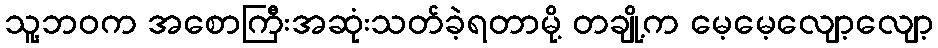
သူ့ဘဝက အစောကြီးအဆုံးသတ်ခဲ့ရတာမို့ တချို့က မေ့မေ့လျော့လျော့